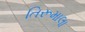
તિરૂમાલા